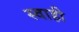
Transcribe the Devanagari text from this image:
स्वाही